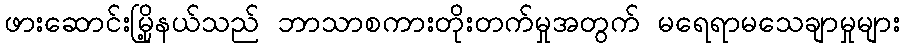
ဖားဆောင်းမြို့နယ်သည် ဘာသာစကားတိုးတက်မှုအတွက် မရေရာမသေချာမှုများ